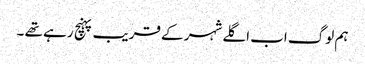
ہم لوگ اب اگلے شہر کے قریب پہنچ رہے تھے ۔